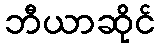
ဘီယာဆိုင်